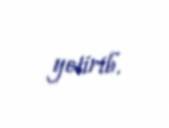
yetirib.